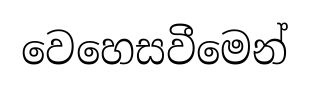
වෙහෙසවීමෙන්